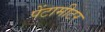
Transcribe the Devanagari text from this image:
पेंटामीटर